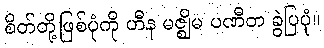
စိတ်တို့ဖြစ်ပုံကို ဟီန မဇ္ဈိမ ပဏီတ ခွဲပြပုံ။